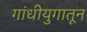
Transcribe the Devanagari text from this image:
गांधीयुगातून